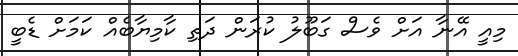
މިއީ އޭނާ އަށް ވެސް ގަބޫލު ކުރަން ދަތި ކާމިޔާބެއް ކަމަށް ޑެބީ